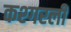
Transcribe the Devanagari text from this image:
कश्गरली